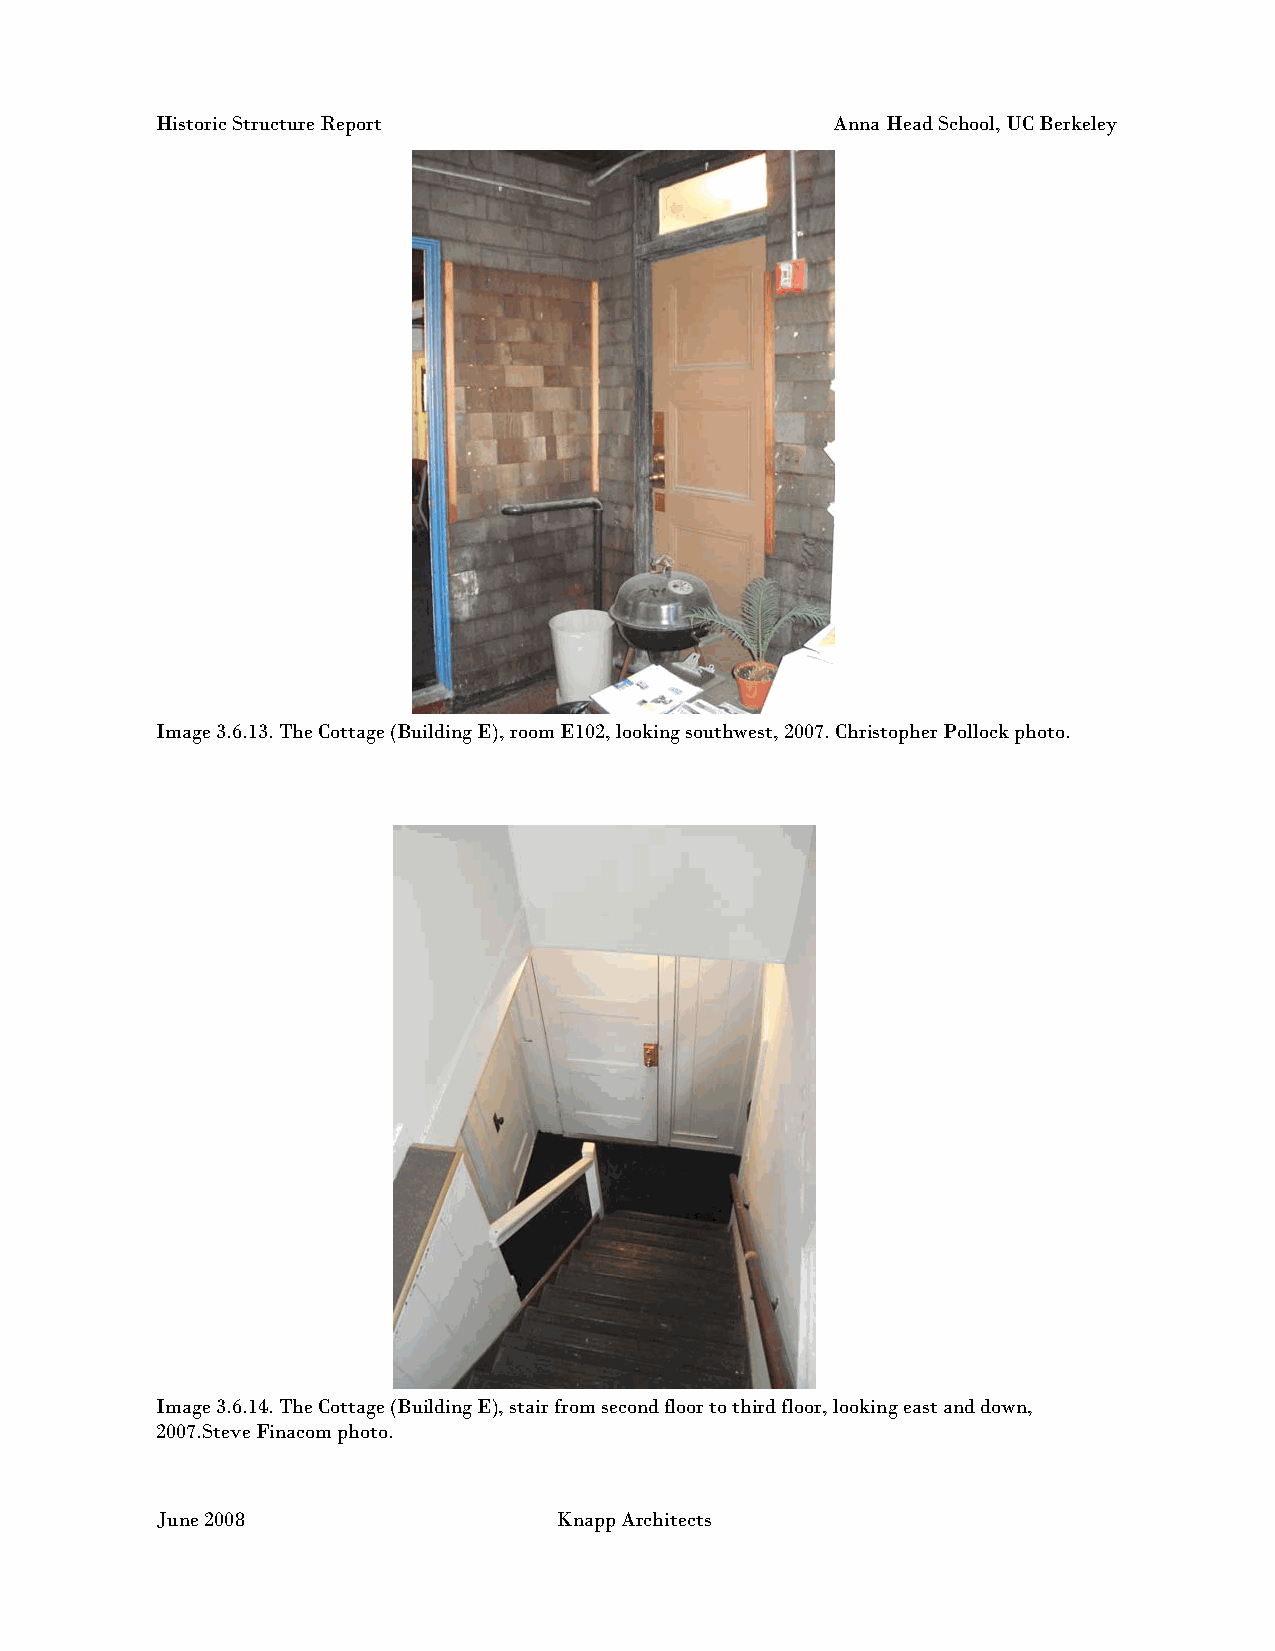
Historic Structure Report                    Anna Head School, UC Berkeley
 Image 3.6.13. The Cottage (Building E), room E102, looking southwest, 2007. Christopher Pollock photo.
 Image 3.6.14. The Cottage (Building E), stair from second floor to third floor, looking east and down,
 2007.Steve Finacom photo.
 June 2008                  Knapp Architects